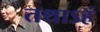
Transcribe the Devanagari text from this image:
तथाऽहं